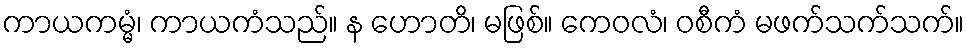
ကာယကမ္မံ၊ ကာယကံသည်။ န ဟောတိ၊ မဖြစ်။ ကေဝလံ၊ ဝစီကံ မဖက်သက်သက်။